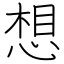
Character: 想